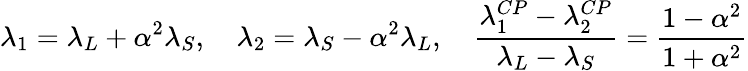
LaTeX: \lambda_{1}=\lambda_{L}+\alpha^{2}\lambda_{S},\quad\lambda_{2}=\lambda_{S}-\alpha^{2}\lambda_{L},\quad\frac{\lambda_{1}^{CP}-\lambda_{2}^{CP}}{\lambda_{L}-\lambda_{S}}=\frac{1-\alpha^{2}}{1+\alpha^{2}}